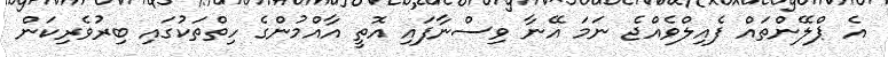
އެ ޕްލޭންތައް ފެއިލްވެއްޖެ ނަމަ އޭނާ ވިސްނާފައި އޮތީ އާއްމުންގެ ހިތްތަކުގައި ބިރުވެރިކަން